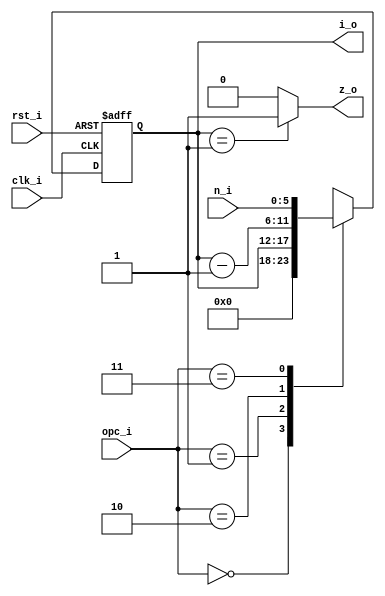
module counter_opc #(
  parameter n = 6
) (
  input          clk_i,
  input          rst_i,
  input  [n-1:0] n_i,
  input    [1:0] opc_i,
  output [n-1:0] i_o,
  output         z_o
);
  
  reg [n-1:0] mux_out, i_out;
  
  always@(n_i, opc_i, i_out) begin
    case(opc_i)
      0:  mux_out = 0;
      1:  mux_out = i_out;
      2:  mux_out = i_out - 1;
      3:  mux_out = n_i;
      default : mux_out = 0;
    endcase
  end
  
  always@(posedge clk_i or posedge rst_i) begin
    if(rst_i)
      i_out <= 0;
    else
      i_out <= mux_out;          
  end
  
  assign i_o = i_out;
  assign z_o = (i_o == 1) ? 1:0;  
  
endmodule